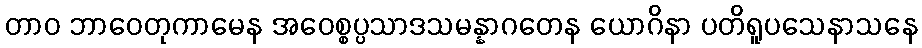
တာဝ ဘာဝေတုကာမေန အဝေစ္စပ္ပသာဒသမန္နာဂတေန ယောဂိနာ ပတိရူပသေနာသနေ